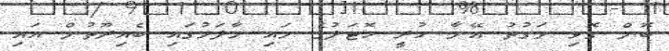
ބޮން ގޮވި ވަގުތު އޭނާ ހުރީ ހޮޓަލުގެ މައި މާލަމުގައި ބެއިރޫތުން އައި